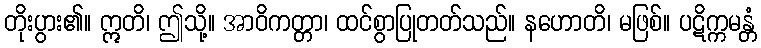
တိုးပွား၏။ ဣတိ၊ ဤသို့။ အာဝိကတ္တာ၊ ထင်စွာပြုတတ်သည်။ နဟောတိ၊ မဖြစ်။ ပဋိက္ကမန္တံ